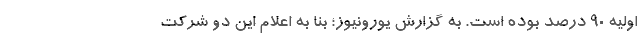
اولیه ۹۰ درصد بوده است. به گزارش یورونیوز؛ بنا به اعلام این دو شرکت